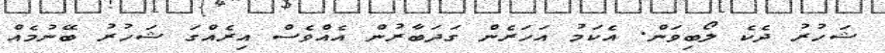
ޝަހުރު ދެކެ ލޯބިވަން. އެކަމު އަހަރެން ގަދަބާރުން އެއްވެސް އިރެއްގަ ޝަހުރު ބޭނުމެއް